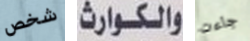
شخص والكوارث جاءت